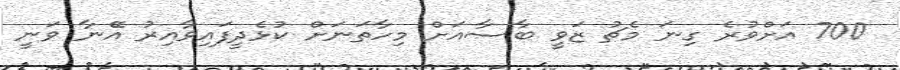
700 އަށްވުރެ ގިނަ މެޗު ޒަވީ ބާސާއަށް މިހާތަނަށް ކުޅެދީފައިވާއިރު އޭނާ ވަނީ